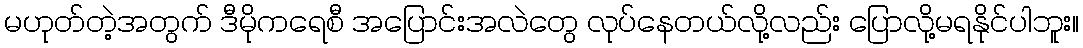
မဟုတ်တဲ့အတွက် ဒီမိုကရေစီ အပြောင်းအလဲတွေ လုပ်နေတယ်လို့လည်း ပြောလို့မရနိုင်ပါဘူး။